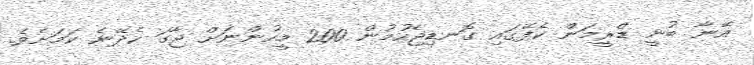
އޭނާ ބުނީ ޑްރީމަން ކެފޭގައި ގޮނޑިޖެހުމުން 200 މީހުންނަށް ޖާގަ ހެދޭނެ ކަމަށެވެ.